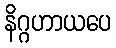
နိဂ္ဂဟာယပေ